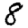
Digit: 8